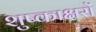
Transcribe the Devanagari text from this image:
शुष्काक्षरों